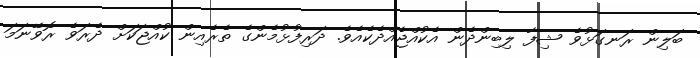
ބަލިން ރަނގަޅުވެ ޝިފާ ލިބިންދެން އެކުއްޖެއްދެކެއެވެ. ދަރިފުޅުމެންގެ ތެރެއިން ކުއްޖަކަށް ދެރަވެ ރޮވޭނަމަ